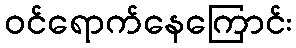
ဝင်ရောက်နေကြောင်း